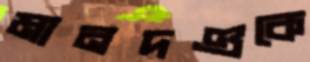
মানদণ্ডকে